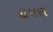
દાબણ